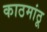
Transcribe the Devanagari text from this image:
काठमांठू